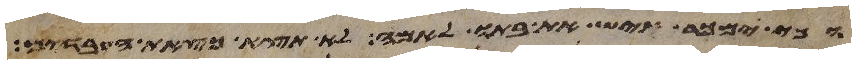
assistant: וכי ימכר איש את בתו לאמה לא תצא כצאת העבדים